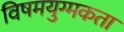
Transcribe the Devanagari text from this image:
विषमयुग्मकता